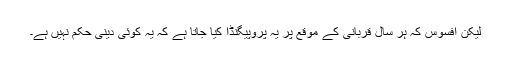
لیکن افسوس کہ ہر سال قربانی کے موقع پر یہ پروپیگنڈا کیا جاتا ہے کہ یہ کوئی دینی حکم نہیں ہے۔